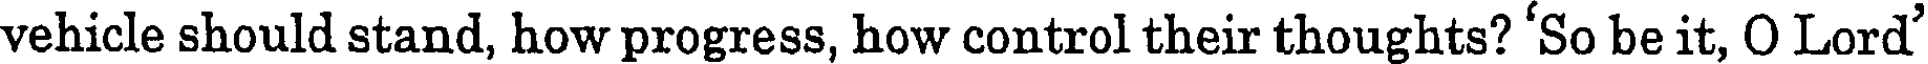
vehicle should stand, how progress, how control their thoughts? 'So be it, O Lord